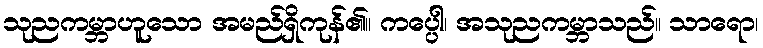
သုညကမ္ဘာဟူသော အမည်ရှိကုန်၏။ ကပ္ပေါ၊ အသုညကမ္ဘာသည်။ သာရော၊